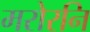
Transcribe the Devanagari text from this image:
मरोरनि